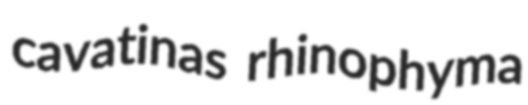
cavatinas rhinophyma